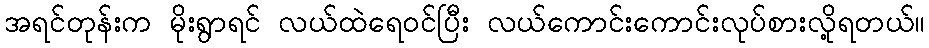
အရင်တုန်းက မိုးရွာရင် လယ်ထဲရေဝင်ပြီး လယ်ကောင်းကောင်းလုပ်စားလို့ရတယ်။